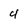
Character: 4